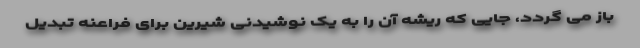
باز می گردد، جایی که ریشه آن را به یک نوشیدنی شیرین برای فراعنه تبدیل